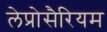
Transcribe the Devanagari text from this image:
लेप्रोसैरियम